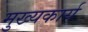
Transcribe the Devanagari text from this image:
मुख्यकार्य